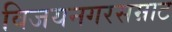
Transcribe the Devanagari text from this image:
विजयनगरसम्राट